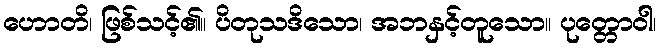
ဟောတိ၊ ဖြစ်သင့်၏။ ပိတုသဒိသော၊ အဘနှင့်တူသော။ ပုတ္တောဝါ၊